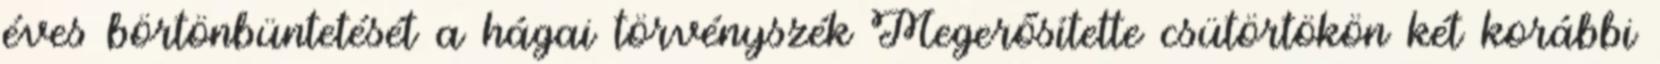
éves börtönbüntetését a hágai törvényszék Megerősítette csütörtökön két korábbi